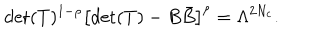
\mathrm { d e t } ( T ) ^ { 1 - \rho } \left[ \mathrm { d e t } ( T ) - B { \bar { B } } \right] ^ { \rho } = \Lambda ^ { 2 N _ { c } } .